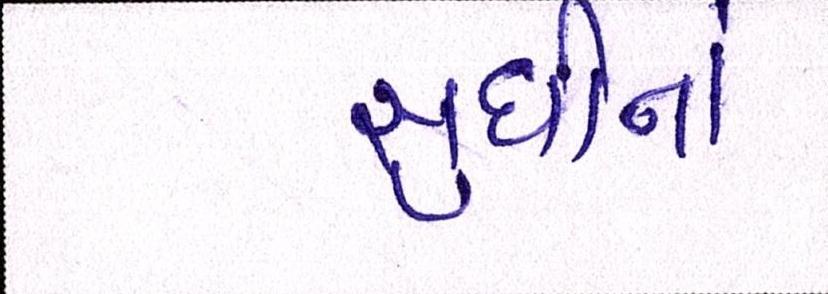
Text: સુધીનો